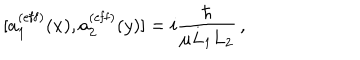
[ a _ { 1 } ^ { ( \mathrm { e f f } ) } ( x ) , a _ { 2 } ^ { ( \mathrm { e f f } ) } ( y ) ] = i { \frac { \hbar } { \mu L _ { 1 } L _ { 2 } } } \, ,